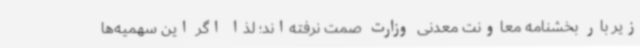
زیر بار بخشنامه معاونت معدنی وزارت صمت نرفته‌اند؛ لذا اگر این سهمیه‌ها